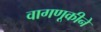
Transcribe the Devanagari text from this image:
वागणूकीने